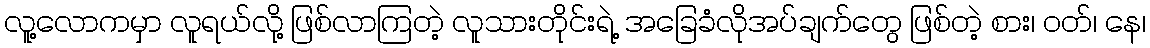
လူ့လောကမှာ လူရယ်လို့ ဖြစ်လာကြတဲ့ လူသားတိုင်းရဲ့ အခြေခံလိုအပ်ချက်တွေ ဖြစ်တဲ့ စား၊ ဝတ်၊ နေ၊